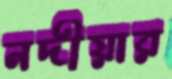
নদীয়ার